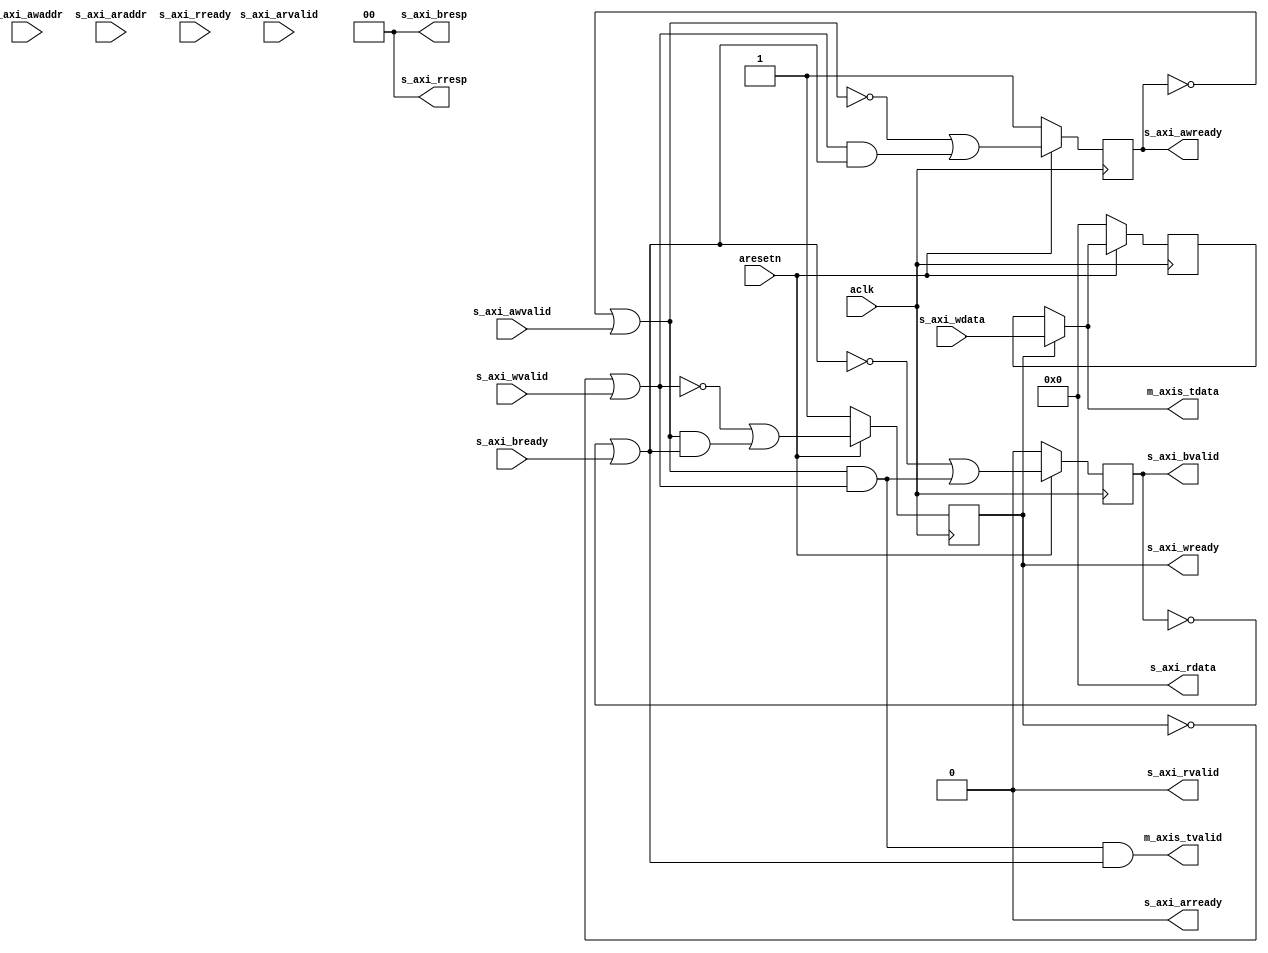

`timescale 1 ns / 1 ps

module axi_axis_writer #
(
  parameter integer AXI_DATA_WIDTH = 32,
  parameter integer AXI_ADDR_WIDTH = 16
)
(
  // System signals
  input  wire                      aclk,
  input  wire                      aresetn,

  // Slave side
  input  wire [AXI_ADDR_WIDTH-1:0] s_axi_awaddr,  // AXI4-Lite slave: Write address
  input  wire                      s_axi_awvalid, // AXI4-Lite slave: Write address valid
  output wire                      s_axi_awready, // AXI4-Lite slave: Write address ready
  input  wire [AXI_DATA_WIDTH-1:0] s_axi_wdata,   // AXI4-Lite slave: Write data
  input  wire                      s_axi_wvalid,  // AXI4-Lite slave: Write data valid
  output wire                      s_axi_wready,  // AXI4-Lite slave: Write data ready
  output wire [1:0]                s_axi_bresp,   // AXI4-Lite slave: Write response
  output wire                      s_axi_bvalid,  // AXI4-Lite slave: Write response valid
  input  wire                      s_axi_bready,  // AXI4-Lite slave: Write response ready
  input  wire [AXI_ADDR_WIDTH-1:0] s_axi_araddr,  // AXI4-Lite slave: Read address
  input  wire                      s_axi_arvalid, // AXI4-Lite slave: Read address valid
  output wire                      s_axi_arready, // AXI4-Lite slave: Read address ready
  output wire [AXI_DATA_WIDTH-1:0] s_axi_rdata,   // AXI4-Lite slave: Read data
  output wire [1:0]                s_axi_rresp,   // AXI4-Lite slave: Read data response
  output wire                      s_axi_rvalid,  // AXI4-Lite slave: Read data valid
  input  wire                      s_axi_rready,  // AXI4-Lite slave: Read data ready

  // Master side
  output wire [AXI_DATA_WIDTH-1:0] m_axis_tdata,
  output wire                      m_axis_tvalid
);

  reg int_awready_reg, int_awready_next;
  reg [AXI_DATA_WIDTH-1:0] int_wdata_reg, int_wdata_next;
  reg int_wready_reg, int_wready_next;
  reg int_bvalid_reg, int_bvalid_next;

  wire int_awdone_wire, int_wdone_wire, int_bdone_wire;
  wire [AXI_DATA_WIDTH-1:0] int_wdata_wire;

  always @(posedge aclk)
  begin
    if(~aresetn)
    begin
      int_awready_reg <= 1'b1;
      int_wdata_reg <= {(AXI_DATA_WIDTH){1'b0}};
      int_wready_reg <= 1'b1;
      int_bvalid_reg <= 1'b0;
    end
    else
    begin
      int_awready_reg <= int_awready_next;
      int_wdata_reg <= int_wdata_next;
      int_wready_reg <= int_wready_next;
      int_bvalid_reg <= int_bvalid_next;
    end
  end

  assign int_awdone_wire = ~int_awready_reg | s_axi_awvalid;
  assign int_wdone_wire = ~int_wready_reg | s_axi_wvalid;
  assign int_bdone_wire = ~int_bvalid_reg | s_axi_bready;

  assign int_wdata_wire = int_wready_reg ? s_axi_wdata : int_wdata_reg;

  always @*
  begin
    int_awready_next = ~int_awdone_wire | (int_wdone_wire & int_bdone_wire);
    int_wdata_next = int_wdata_reg;
    int_wready_next = ~int_wdone_wire | (int_awdone_wire & int_bdone_wire);
    int_bvalid_next = ~int_bdone_wire | (int_awdone_wire & int_wdone_wire);

    if(int_wready_reg)
    begin
      int_wdata_next = s_axi_wdata;
    end
  end

  assign s_axi_awready = int_awready_reg;
  assign s_axi_wready = int_wready_reg;
  assign s_axi_bresp = 2'd0;
  assign s_axi_bvalid = int_bvalid_reg;
  assign s_axi_arready = 1'b0;
  assign s_axi_rdata = {(AXI_DATA_WIDTH){1'b0}};
  assign s_axi_rresp = 2'd0;
  assign s_axi_rvalid = 1'b0;

  assign m_axis_tdata = int_wdata_wire;
  assign m_axis_tvalid = int_awdone_wire & int_wdone_wire & int_bdone_wire;

endmodule